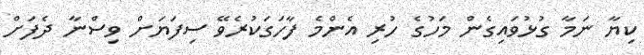
ކިޔާ ނަމާ ގުޅުވައިގެން މަހުގެ ހުރި އެންމެ ފާހަގަކުރެވޭ ސިފަޔަށް ވިސްނާ ދެފަށް